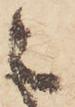
之